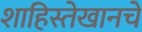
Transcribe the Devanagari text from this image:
शाहिस्तेखानचे